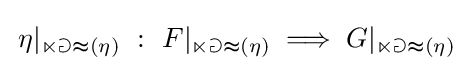
\,\eta |_{\mathbb {nat} {(\eta )}}\ :\ F|_{\mathbb {nat} {(\eta )}}\implies G|_{\mathbb {nat} {(\eta )}}